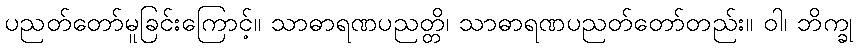
ပညတ်တော်မူခြင်းကြောင့်။ သာဓာရဏပညတ္တိ၊ သာဓာရဏပညတ်တော်တည်း။ ဝါ၊ ဘိက္ခု